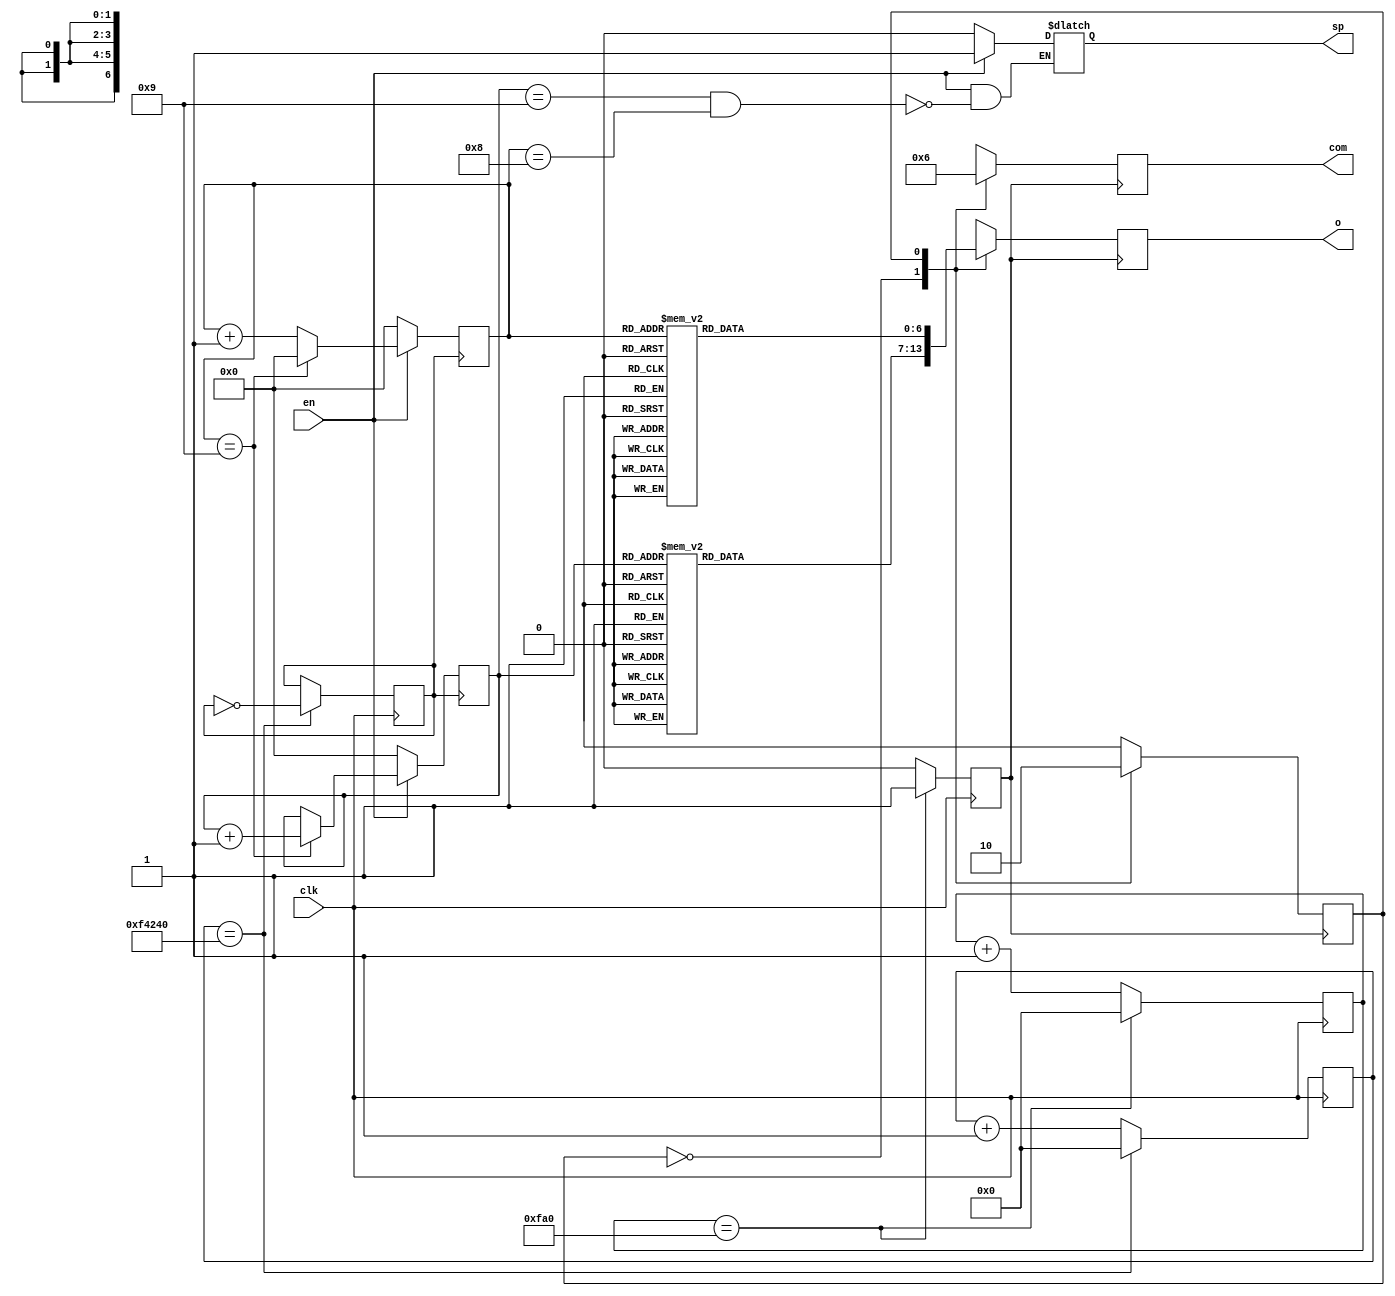
`timescale 1ns / 1ps
//////////////////////////////////////////////////////////////////////////////////
// Company: 
// Engineer: 
// 
// Design Name: 
// Module Name:    sperkerfour 
// Project Name: 
// Target Devices: 
// Tool versions: 
// Description: 
//
// Dependencies: 
//
// Revision: 
// Revision 0.01 - File Created
// Additional Comments: 
//
//////////////////////////////////////////////////////////////////////////////////
module twodigit(
    input clk,
    input en,
    output reg sp,
    output [6:0] o,
    output [1:0] com
    );
	 parameter s0 = 0 ;
	 parameter s1 = 1;


reg [3:0] one;
reg [3:0] ten;
reg [6:0] ss1 ;
reg [6:0] ss2 ;
reg [6:0] so ;
reg [31:0] cnt,scnt;
reg sclk,ssclk;
reg state = s0;
reg [1:0] scom ;

assign o = so ;
assign com = scom;


always@(posedge sclk)
 if (en == 0)begin one <= 0; ten <=0 ;  end
 else 
	begin 
 if (one == 9) begin one <= 0; ten <= ten + 1; end else  begin one <= one +1 ; end
 
 end
 always@(one)
 
	if(en == 0) sp <=0  ; else begin if ((ten == 9 )&&(one==8))sp <=1 ; end
														
													
	
 always@(posedge clk)
	 begin if (cnt == 1000000) begin sclk <= ~sclk; cnt <=0; end else cnt <=cnt +1 ;end
	 
 always@*
	begin
		case(ten)
			4'b0000 : ss1 <=7'b0111111;
			4'b0001 : ss1 <=7'b0000110;
			4'b0010 : ss1 <=7'b1011011;
			4'b0011 : ss1 <=7'b1001111;
			4'b0100 : ss1 <=7'b1100110;
			4'b0101 : ss1 <=7'b1101101;
			4'b0110 : ss1 <=7'b1111101;
			4'b0111 : ss1 <=7'b0000111;
			4'b1000 : ss1 <=7'b1111111;
			4'b1001 : ss1 <=7'b1100111;
			default : ss1 <=7'b0000000;
		endcase
		end
			 
 always@*
	begin
		case(one)
			4'b0000 : ss2 <=7'b0111111;
			4'b0001 : ss2 <=7'b0000110;
			4'b0010 : ss2 <=7'b1011011;
			4'b0011 : ss2 <=7'b1001111;
			4'b0100 : ss2 <=7'b1100110;
			4'b0101 : ss2 <=7'b1101101;
			4'b0110 : ss2 <=7'b1111101;
			4'b0111 : ss2 <=7'b0000111;
			4'b1000 : ss2 <=7'b1111111;
			4'b1001 : ss2 <=7'b1100111;
			default : ss2 <=7'b0000000;
		endcase
	end
	
	always@(posedge ssclk)
	begin 
		case(state)
			s0 : begin so <=ss1; scom <= 2'b01; state <=s1; end
			s1 : begin so <=ss2; scom <= 2'b10; state <=s0; end
			endcase
	end
	
	always@(posedge clk)
	begin 
		if (scnt == 4000)
			begin ssclk <= 1 ; scnt <=0;end
			else begin ssclk <= 0 ;scnt <= scnt +1 ; end
	end
			
 

endmodule